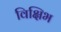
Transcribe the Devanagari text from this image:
विक्षिभ